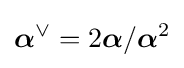
{\boldsymbol {\alpha }}^{\vee }=2{\boldsymbol {\alpha }}/{\boldsymbol {\alpha }}^{2}